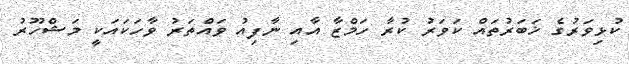
ކުޅިވަރުގެ ޚަބަރުތައް ކަވަރު ކުރާ ހަމްޒާ އާއި ނާފިއު ވައްތަރު ވާހަކައަކީ މަޝްހޫރު